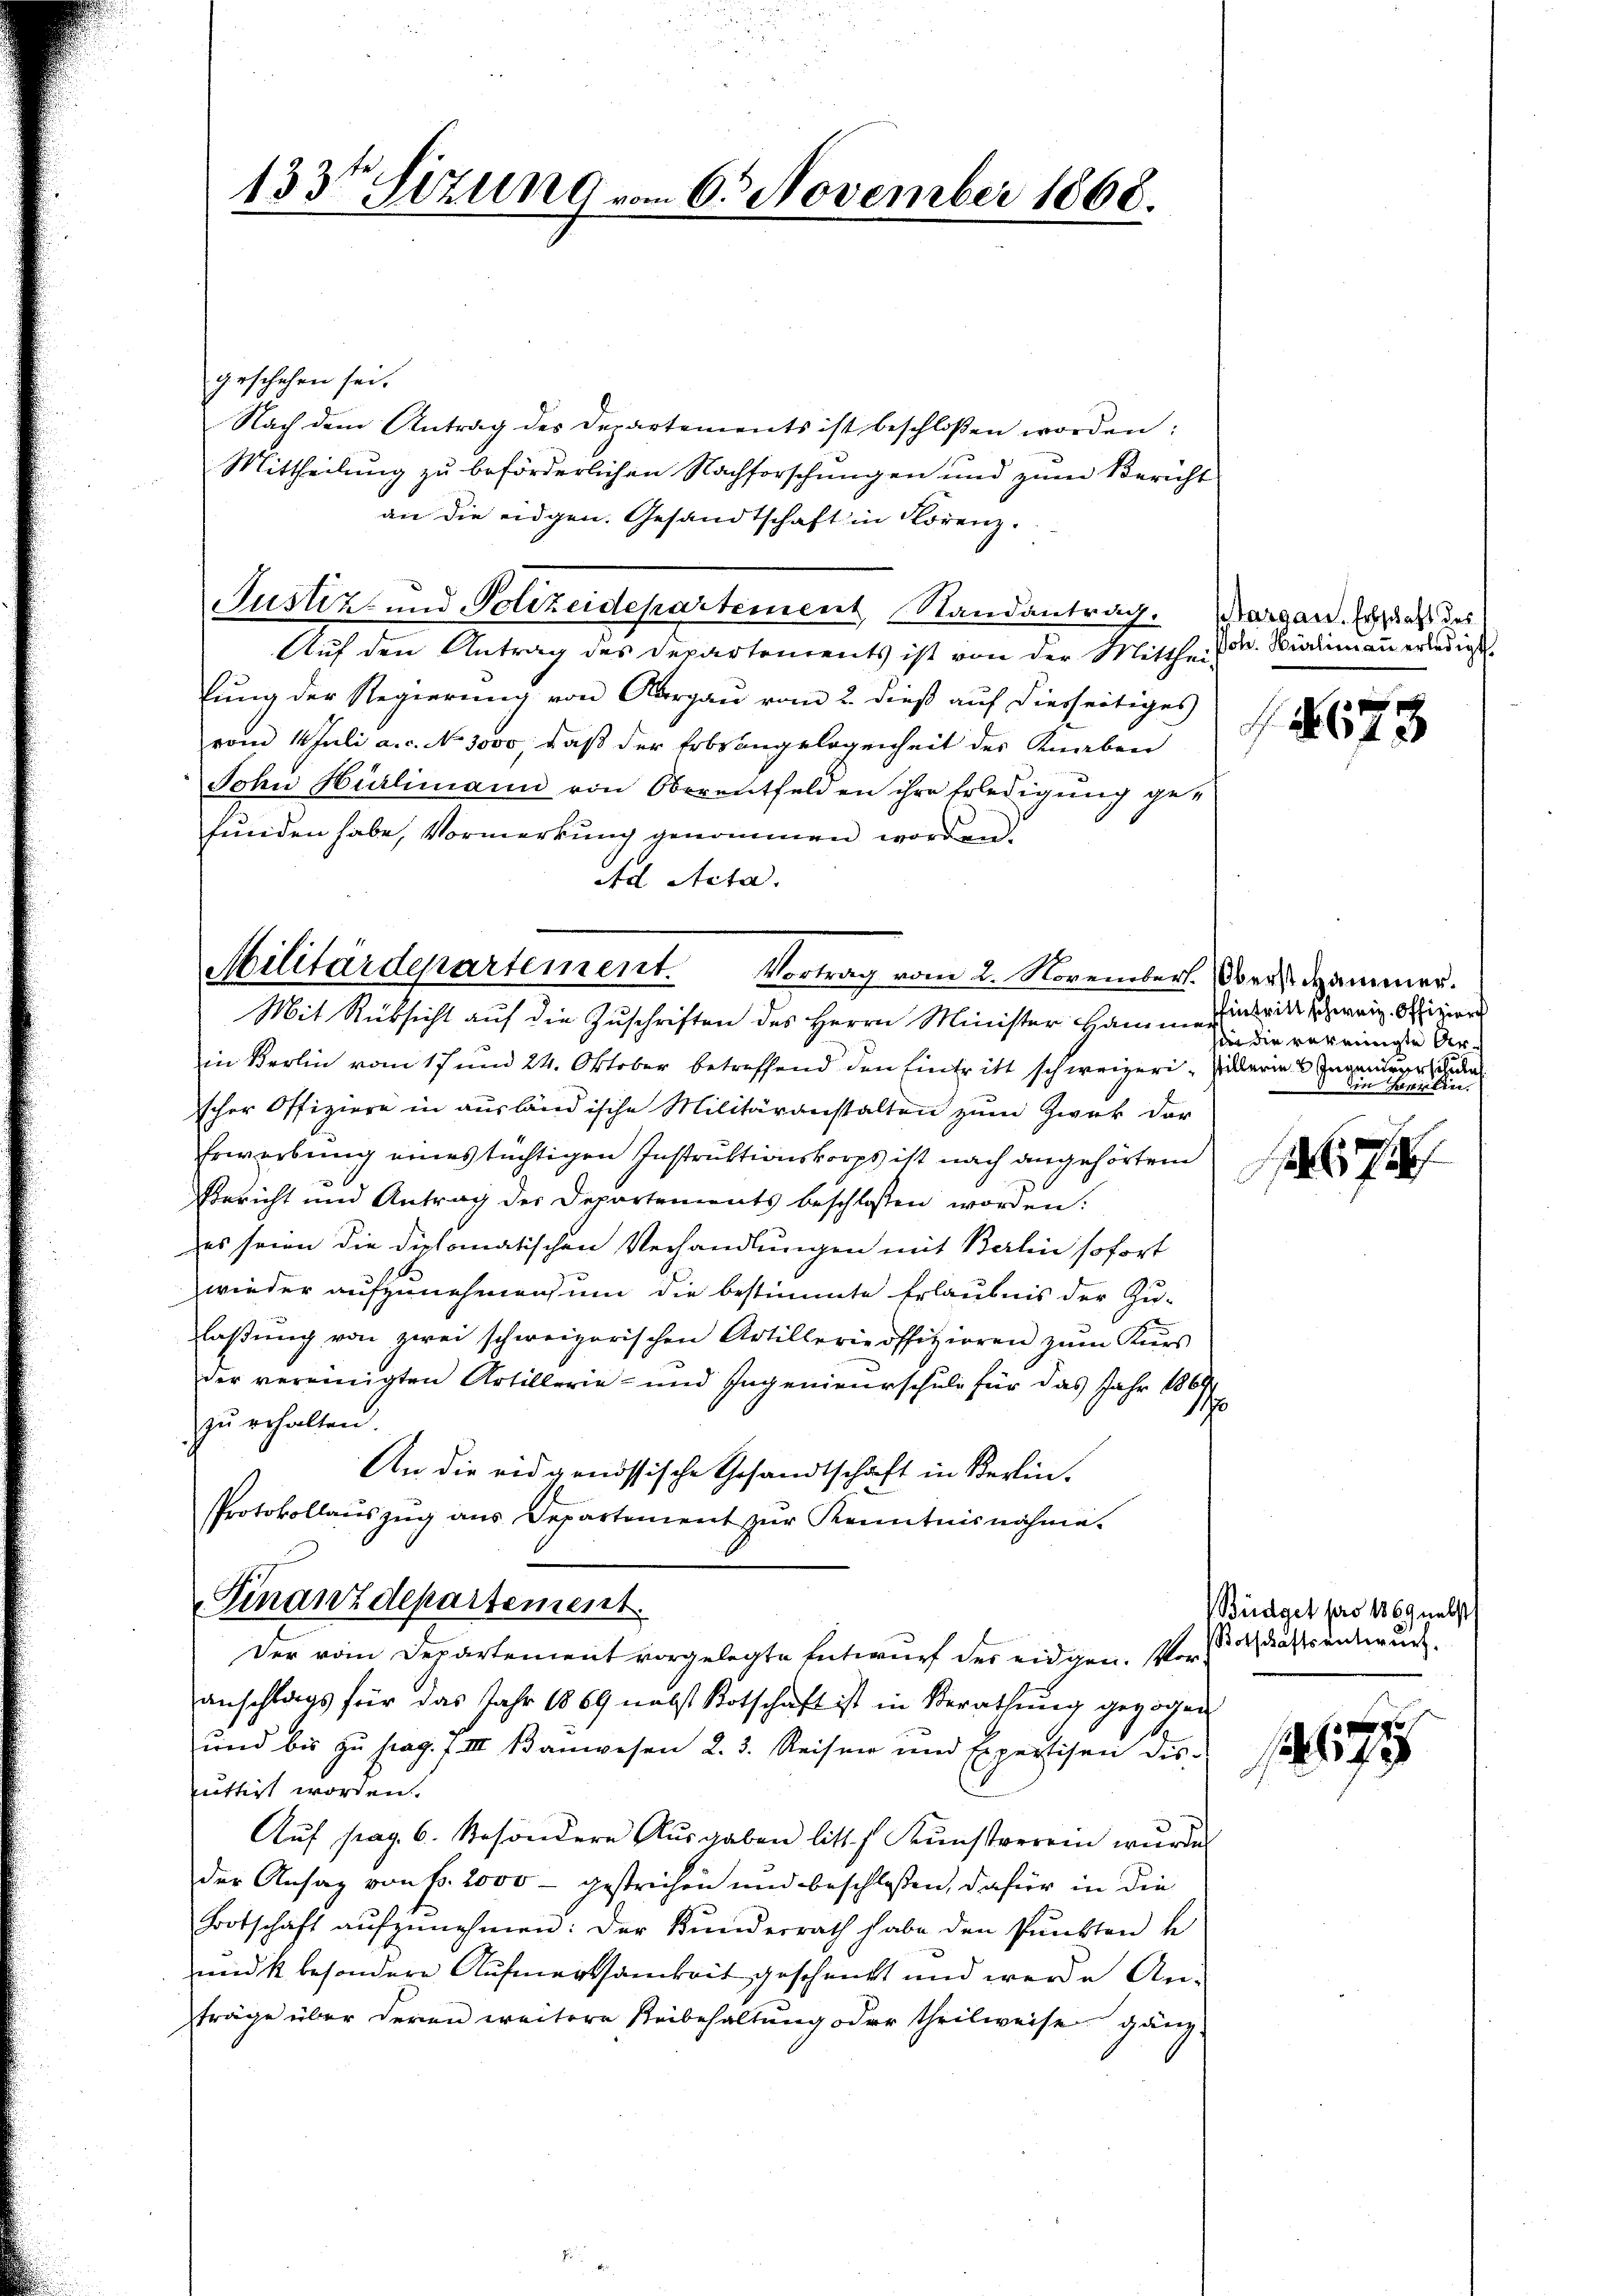
133te Sitzung vom 6. November 1868.

geschehen sei.
Nach dem Antrag des Departements ist beschloßen worden:
Mittheilung zu beförderlichen Nachforschungen und zum Bericht
an die eidgen. Gesandtschaft in Lorenz.
Justiz- und Polizeidepartement, Randantrag. Vorgan. Er daß des
Auf den Antrag des Departements ist von der Mittheid. Widmann erledigt.
lung der Regierung von Aargau vom 2. dieß auf diesseitiges
vom 1 Juli a.c. No 3000, daß der Erbsangelegenheit des Knaben
John Hürlimann von Oberentfelden ihre Erledigung gefunden habe, Vormerkung genommen worden
Ad Acta.
Militärdepartement.
Vortrag vom 2. November. Oberst Hammer.
Mit Rücksicht auf die Zuschriften des Herrn Minister Hammen intritt schweiz. Offizier
in Berlin vom 17 und 24. Oktober betreffend den Eintritt schweizerischer Offiziere in ausländische Militäranstalten zum Zwek der
Erwerbung eines tüchtigen Instruktionskorps ist nach angehörtem
Bericht und Antrag des Departements beschlossen worden:
es seien die diplomatischen Verhandlungen mit Berlin sofort
wieder aufzunehmen, um die bestimmte Erlaubnis der Zu-
laßung von zwei schweizerischen Artillerie offizioren zŭm Kurs
der vereinigten Artillerie- und Ingenieurschule für das Jahr 1869
170
zŭ erhalten.
An die eidgenössische Gesandtschaft in Berlin.
Protokollauszug aus Departement zŭr Kenntnisnahme.

Finanzdepartement
Der vom Departement vorgelegte Entwurf der eidgen. Vor

anschlags für das Jahr 1869 nebst Botschaft ist in Berathung gezogen
und bis zŭ pag. 7. III Kanwesen 2. 3. Reisen und Expertisen des
mittirt worden.
Auf pag. 6. Besondere Ausgaben litt. Kunstverein wurde
der Ansag von Fr. 2000 - gestrechen und beschloßen, dafür in die
Botschaft aŭfzŭnehmen: Der Kunderrath habe den Punkten u
und k besondere Aufmerksamkeit geschenkt und werde Ansträge über deren weitere Reibehaltung oder theilweise gänz

2

p
648

sie die vereinigte Arch
stillerin 3 Ingen verschule
Die Teilen.

7

Büdget pro 1869 nebst
Botschaftsentwurf.

175